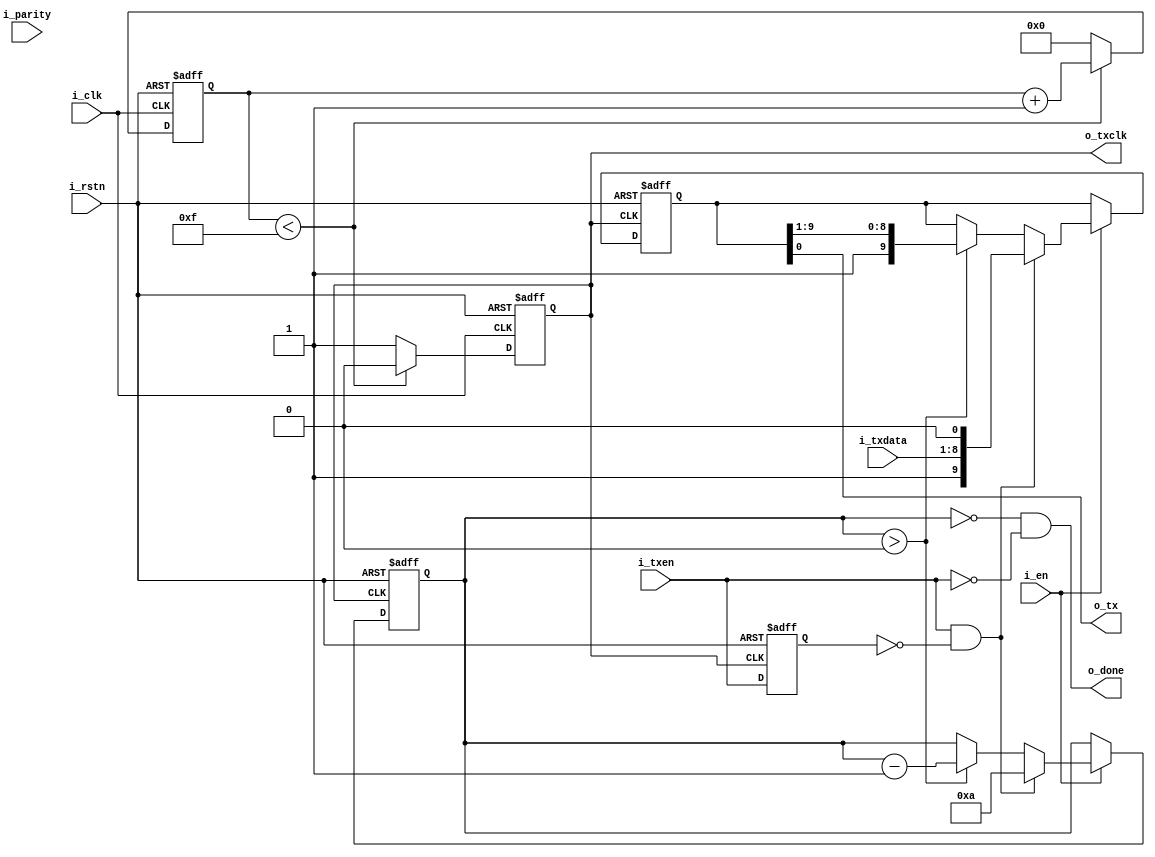
///////////////////////////////////////////////////////////////////
//       _____         __            ____   ____
//      /  _  \  __ __|  | __        \   \ /   /
//     /  /_\  \|  |  \  |/ /  ______ \   Y   / 
//    /    |    \  |  /    <  /_____/  \     /  
//    \____|__  /____/|__|_ \           \___/   
//            \/           \/                   
//
///////////////////////////////////////////////////////////////////
//Project     : Auk-V
//Description : Simple RV32I processor
//              With 5 stage pipeline
//              Brach always not taken
// 
//File type   : Verilog RTL
//Description : Uart transmitter 
//
////////////////////////////////////////////////////////////////////
module uart_tx(
		i_clk,i_rstn,
		i_en,i_parity,
		i_txen,
		i_txdata,o_txclk,
		o_done,o_tx
		);


input i_clk;
input i_rstn;
input i_en;
input i_parity;
input i_txen;
input [7:0] i_txdata;
output o_txclk;
output o_done;
output o_tx;
reg txen_d1;
wire txen_lth;
wire sh_en;
wire done;
reg [3:0] div_count;
reg [3:0] count;
reg tx_clk;
reg [9:0] tx_buff;



always@(posedge tx_clk,negedge i_rstn) begin
	if (~i_rstn) begin
		txen_d1<=1'b0;
	end else begin
		txen_d1<=i_txen;
	end
end

assign txen_lth =  i_txen & (~txen_d1) ;

always@(posedge i_clk,negedge i_rstn) begin
	if (~i_rstn) begin
		div_count<=4'h0;
		tx_clk<=1'b0;
	end else begin
		if (div_count < 4'hf) begin
			div_count<=div_count+1;
			tx_clk<=1'b0;
		end else begin
			div_count<=4'h0;
			tx_clk<= 1'h1;
		end
	end
end

always@(posedge tx_clk,negedge i_rstn) begin
        if (~i_rstn) begin
                count<=4'h0;
        end else begin
            if(i_en) begin
                if(txen_lth) begin
                    count<=4'hA;  
                end else if(count>4'h0) begin
				    count<=count-1;
				end
			end
        end
end

assign sh_en = count>4'h0 ;
assign done  = count==4'h0;

always@(posedge tx_clk,negedge i_rstn) begin
	if (~i_rstn) begin
		tx_buff<=10'h3ff;
	end else begin
		if(i_en) begin
			if(txen_lth) begin
				tx_buff<={1'b1,i_txdata,1'b0};
			end else if (sh_en) begin
				tx_buff<={1'b1,tx_buff[9:1]};
			end
		end
	end
end
assign o_txclk=tx_clk;
assign o_tx= tx_buff[0];
assign o_done= done & (~i_txen);

endmodule